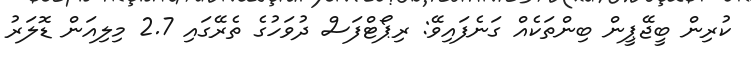
ކުރިން ބީޖޭޕީން ބިންތަކެއް ގަނެފައިވޭ: ރިޕޯޓްފަސް ދުވަހުގެ ތެރޭގައި 2.7 މިލިއަން ޑޮލަރު